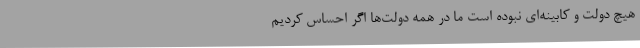
هیچ دولت و کابینه‌ای نبوده است ما در همه دولت‌ها اگر احساس کردیم